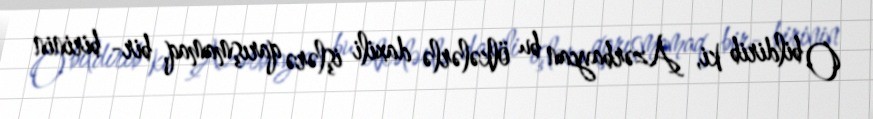
O bildirib ki, Azərbaycan bu ölkələrlə daxili işlərə qarışmamaq, bir- birinin